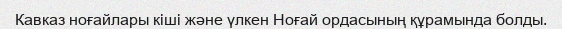
Кавказ ноғайлары кіші және үлкен Ноғай ордасының құрамында болды.